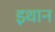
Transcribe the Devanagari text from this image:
इथान